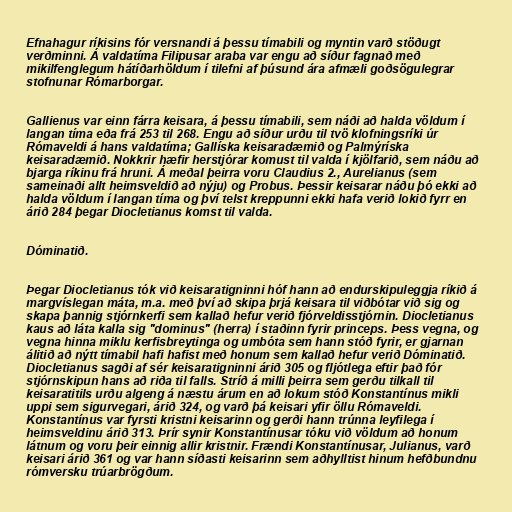
Efnahagur ríkisins fór versnandi á þessu tímabili og myntin varð stöðugt
verðminni. Á valdatíma Filipusar araba var engu að síður fagnað með
mikilfenglegum hátíðarhöldum í tilefni af þúsund ára afmæli goðsögulegrar
stofnunar Rómarborgar.

Gallienus var einn fárra keisara, á þessu tímabili, sem náði að halda völdum í
langan tíma eða frá 253 til 268. Engu að síður urðu til tvö klofningsríki úr
Rómaveldi á hans valdatíma; Gallíska keisaradæmið og Palmýríska
keisaradæmið. Nokkrir hæfir herstjórar komust til valda í kjölfarið, sem náðu að
bjarga ríkinu frá hruni. Á meðal þeirra voru Claudius 2., Aurelianus (sem
sameinaði allt heimsveldið að nýju) og Probus. Þessir keisarar náðu þó ekki að
halda völdum í langan tíma og því telst kreppunni ekki hafa verið lokið fyrr en
árið 284 þegar Diocletianus komst til valda.

Dóminatið.

Þegar Diocletianus tók við keisaratigninni hóf hann að endurskipuleggja ríkið á
margvíslegan máta, m.a. með því að skipa þrjá keisara til viðbótar við sig og
skapa þannig stjórnkerfi sem kallað hefur verið fjórveldisstjórnin. Diocletianus
kaus að láta kalla sig "dominus" (herra) í staðinn fyrir princeps. Þess vegna, og
vegna hinna miklu kerfisbreytinga og umbóta sem hann stóð fyrir, er gjarnan
álitið að nýtt tímabil hafi hafist með honum sem kallað hefur verið Dóminatið.
Diocletianus sagði af sér keisaratigninni árið 305 og fljótlega eftir það fór
stjórnskipun hans að riða til falls. Stríð á milli þeirra sem gerðu tilkall til
keisaratitils urðu algeng á næstu árum en að lokum stóð Konstantínus mikli
uppi sem sigurvegari, árið 324, og varð þá keisari yfir öllu Rómaveldi.
Konstantínus var fyrsti kristni keisarinn og gerði hann trúnna leyfilega í
heimsveldinu árið 313. Þrír synir Konstantínusar tóku við völdum að honum
látnum og voru þeir einnig allir kristnir. Frændi Konstantínusar, Julianus, varð
keisari árið 361 og var hann síðasti keisarinn sem aðhylltist hinum hefðbundnu
rómversku trúarbrögðum.